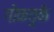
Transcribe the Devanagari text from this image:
गोकतुर्क